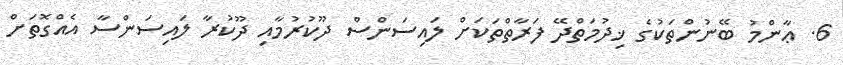
6. ޢާންމު ބޭނުންތަކުގެ ޚިދުމަތްދޭ ފަރާތްތަކަށް ލައިސަންސް ދޫކުރުމާއި ދޫކުރާ ލައިސަންސާ އެއްގޮތަށް